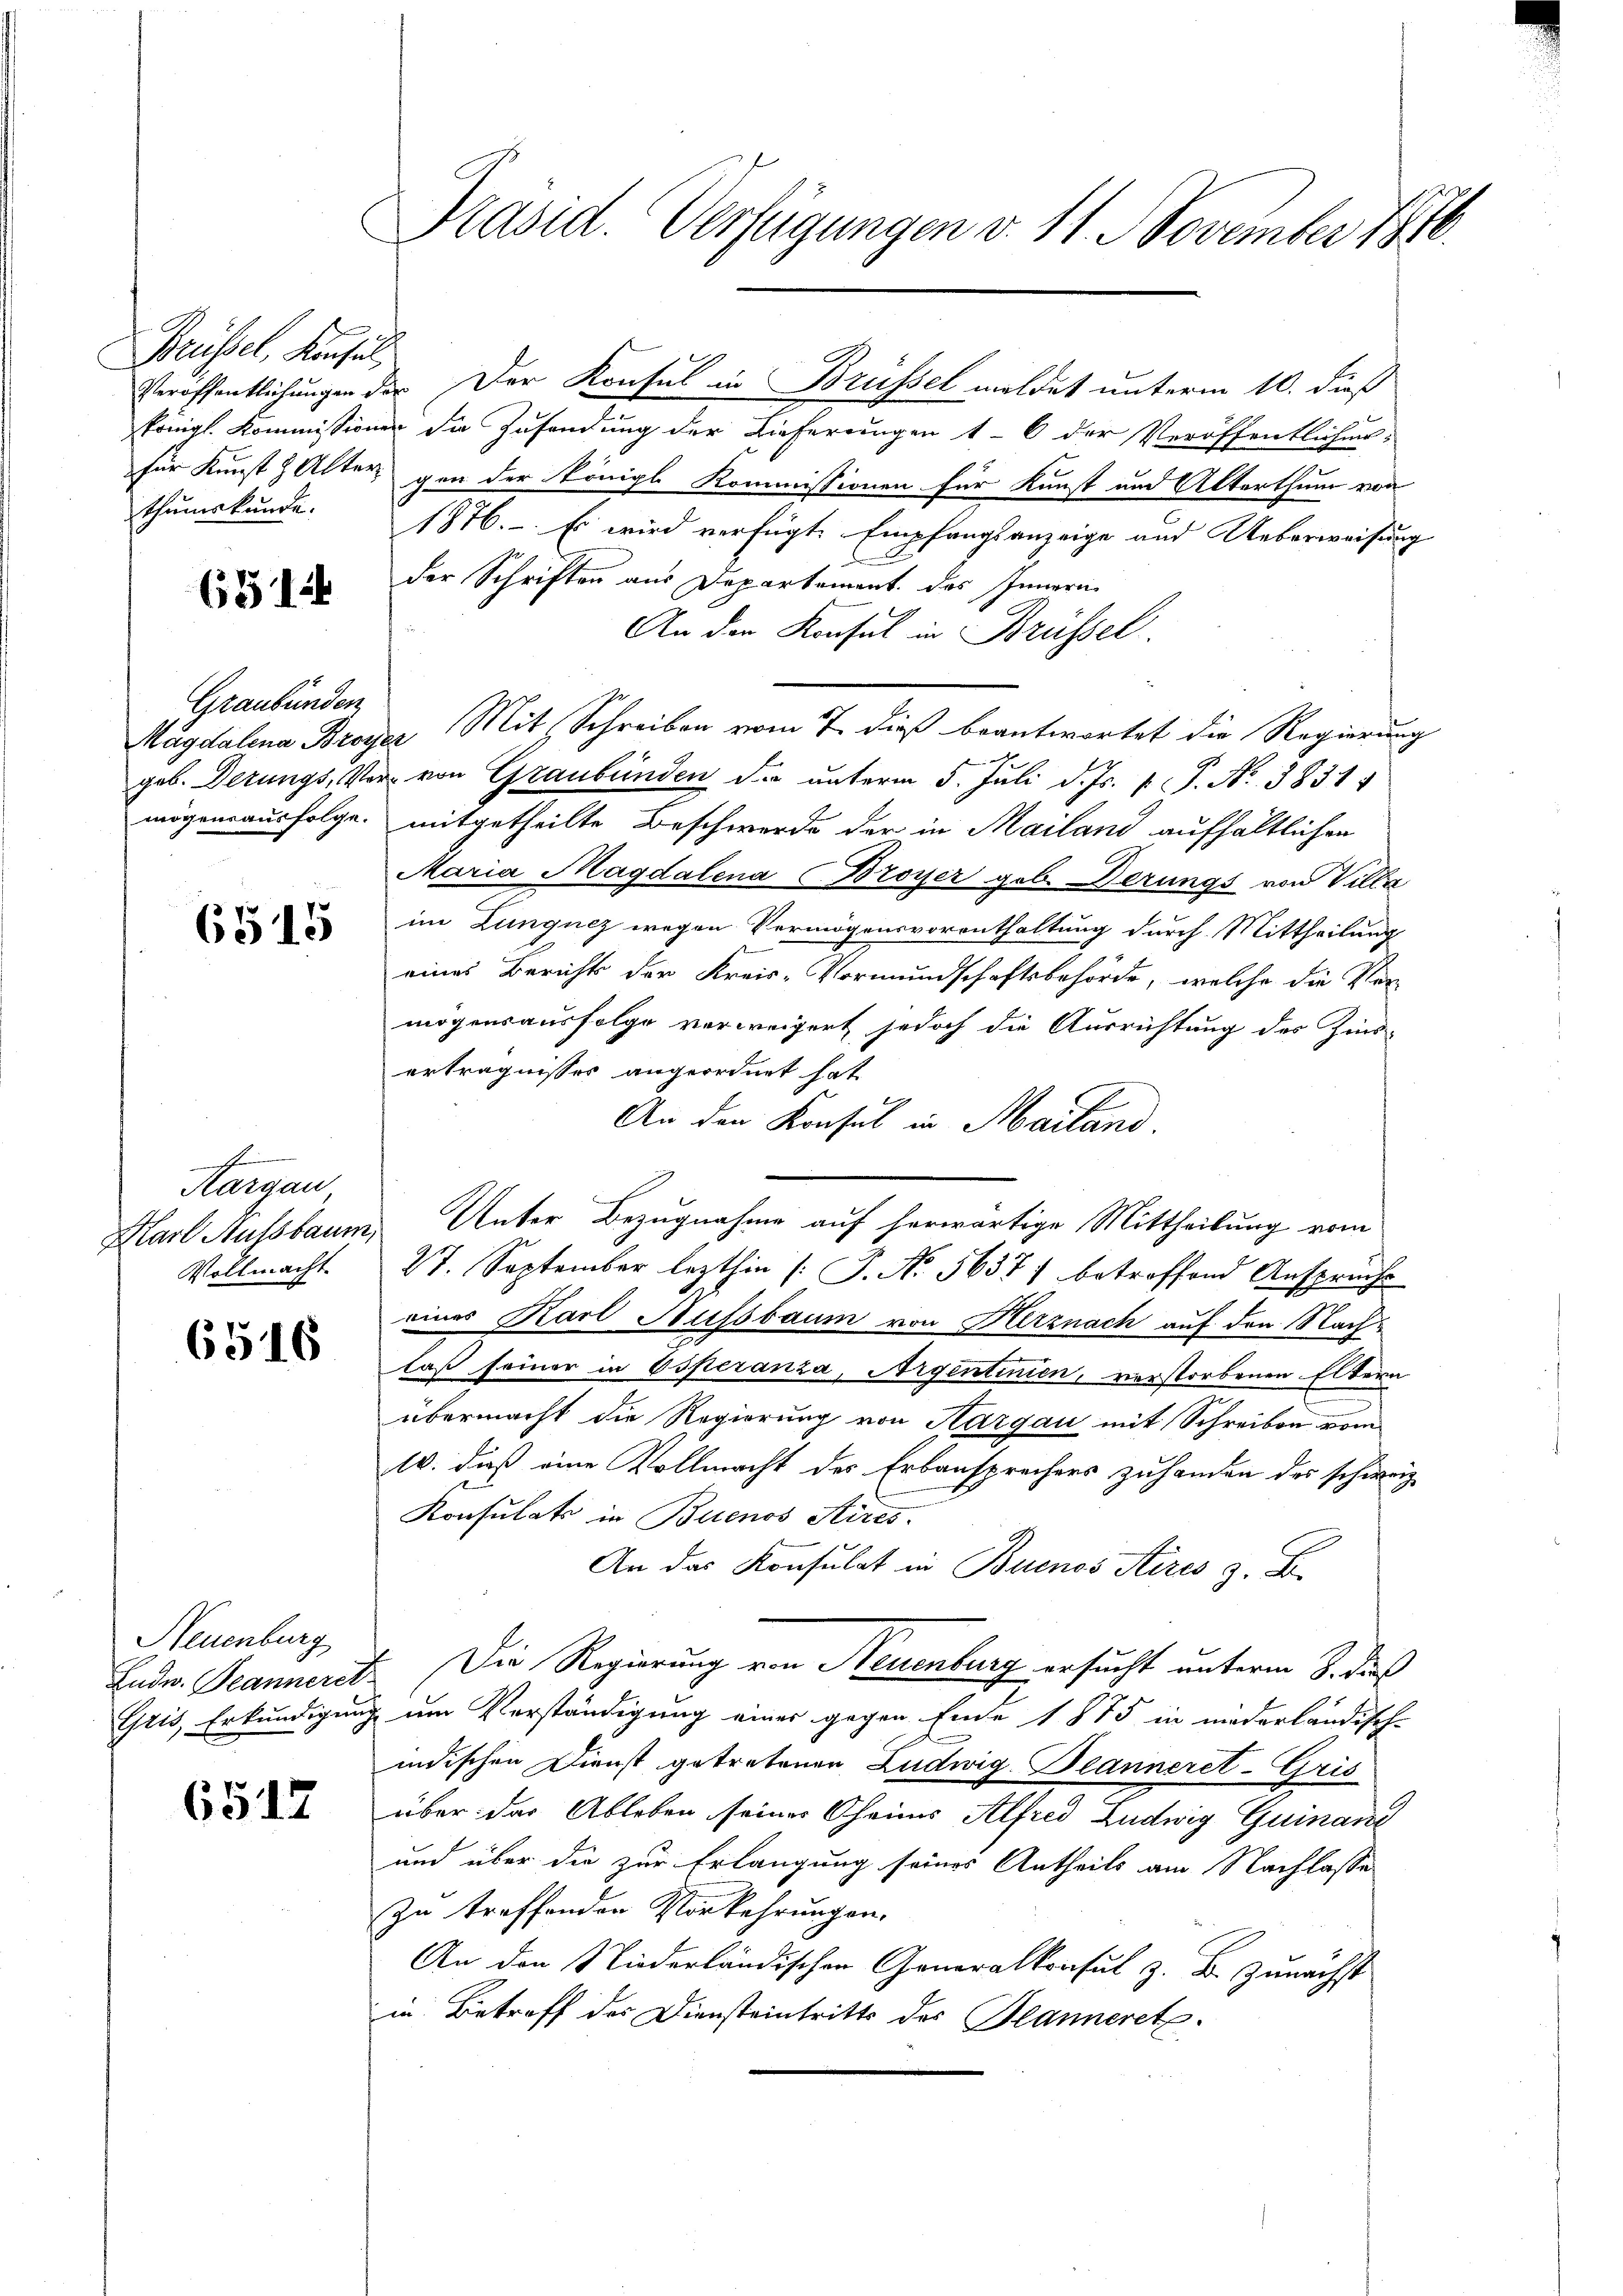
Brüssel, Konsul¬

651

Graubünden

655

s
Margau
Vollmacht.

6516

Neuenburg
Ludw. Beannerer

6517

Präsid. Verfügungen v. 11. November 1810.

königl. Kommissionen die Zusendung der Lieferungen 16 der Veröffentlicher
für Kunst & Alter gen der Königl. Kommissionen für Kunst und Alterthum von
thumskunde. 1876. Es wird verfügte Empfangsanzeige und Ueberweisung
C
der Schriften aus Departement des Innern
An der Konsul in Brüssel.
Magdalena Broyer Mit Schreiben vom 7. dieß beantwortet die Regierung
geb. Derungs, Ver- von Graubünden da unterm 5. Juli d. Js. v. J. No 3831.
mögensausfolge. mitgetheilte Beschwerde der in Mailand aufhältlichen
Maria Magdalena Broyer geb. Derungs von Villa
im Lunguez wegen Vermögensvorenthaltung durch Mittheilung
eines Berichts der Kreis-Vormundschaftsbehörde, welche die Ver-
mögensausfolge verweigert jedoch die Ausrichtung des Zins-
erträgnisses angeordnet hat
An den Konsul in Mailand.
Karl Aussbaum Unter Bezugnahme auf herwärtige Mittheilung vom
27. September lezthin (T. No. 5637) betroffend Ansprüche
eines Karl Aussbaum von Herznach auf den Nachlaß seiner in Esperanza, Argentinien, vorstorbenen Eltern
e
übermacht die Regierung von Aargau mit Schreiben vom
l. daß eine Vollmacht des Erbansprechers zuhanden des schweiz.
Konsulats in Buenos Aires.
An das Konsulat in Buenos Aires z. B.
7. Die Regierung von Neuenburg ersucht unterm S. dieß
Gris, Erkundigung um Verständigung einer gegen Ende 1875 in niederländisch-
indischen Dienst getretener Ludwig Deanneret-Gris
über der Ableben seiner Cheims Alfred Ludwig Guinan
und über die zur Erlangung seines Antheils am Nachlasse
zu treffenden Vorkehrungen.
An den Niederländischen Generalkonsul z. B. Zunächst
in Betreff der Diensteintritts des Planneret.

Veröffentlichungen der Der Konsul in Brüssel meldet unterm 10. dieß